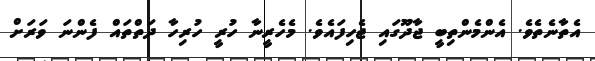
އެތާނެތެވެ. އެންމެންތިބީ ޖާދޫގައި ޖެހިފައެވެ. މެހެރީނާ ހުރީ ހުރިހާ ދަތްތައް ފެންނަ ވަރަށް